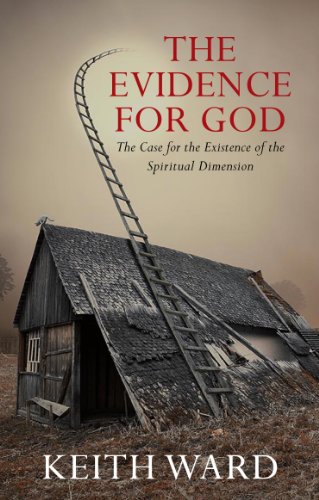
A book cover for Evidence For God, The: A Case for the Existence of the Spiritual Dimension; Keith Ward; Religion & Spirituality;